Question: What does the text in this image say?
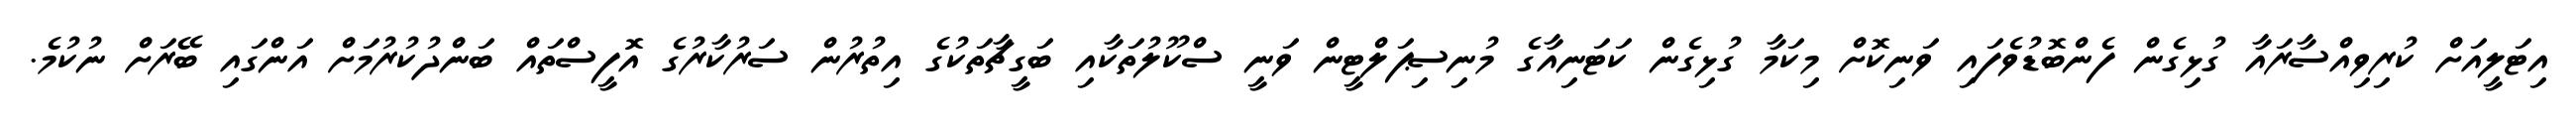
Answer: އިޓަލީއަށް ކުރިވިއްސާރައާ ގުޅިގެން ފެންބޮޑުވެފައި ވަނިކޮށް މިކަމާ ގުޅިގެން ކަޓަނިއާގެ މުނިސިޕަލްޓީން ވަނީ ސްކޫލުތަކާއި ބަގީޗާތަކުގެ އިތުރުން ސަރުކާރުގެ އޮފީސްތައް ބަންދުކުރުމަށް އަންގައި ބޭރަށް ނުކުމެ.